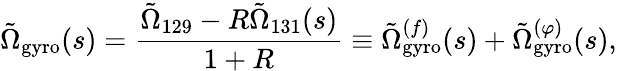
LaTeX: \tilde{\Omega}_{\mathrm{gyro}}(s)=\frac{\tilde{\Omega}_{129}-R\tilde{\Omega}_{131}(s)}{1+R}\equiv\tilde{\Omega}_{\mathrm{gyro}}^{(f)}(s)+\tilde{\Omega}_{\mathrm{gyro}}^{(\varphi)}(s),